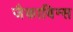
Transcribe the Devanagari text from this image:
जैकाबिन्स